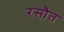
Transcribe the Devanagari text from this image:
रसौत